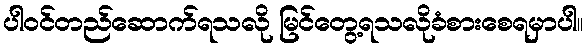
ပါဝင်တည်ဆောက်ရသလို မြင်တွေ့ရသလိုခံစားစေရမှာပါ။